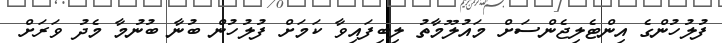
ފުލުހުންގެ އިންޓެލިޖެންސަށް މައުލޫމާތު ލިބިފައިވާ ކަމަށް ފުލުހުން ބުނާ ބުނުމާ މެދު ވަރަށް